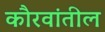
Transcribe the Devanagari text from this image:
कौरवांतील